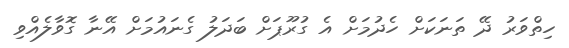
ހިތްވަރު ދޭ ތަނަކަށް ހެދުމަށް އެ ގުރޫޕަށް ބަދަލު ގެނައުމަށް އޭނާ ގޮވާލެއްވި